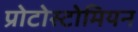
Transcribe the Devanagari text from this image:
प्रोटोस्टोमियन